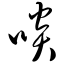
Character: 啖